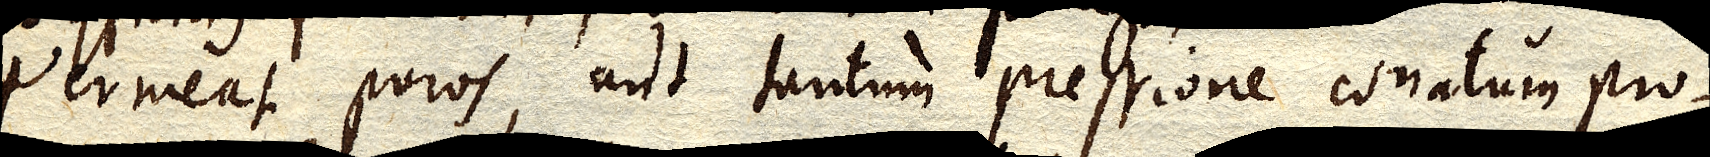
permeat poros, aut tantum pressione conatum pro–